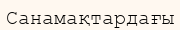
Санамақтардағы